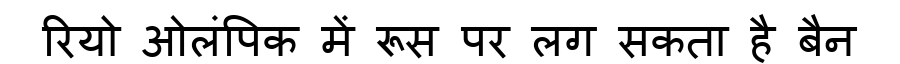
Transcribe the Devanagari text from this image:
रियो ओलंपिक में रूस पर लग सकता है बैन